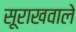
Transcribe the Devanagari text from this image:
सूराखवाले